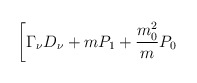
\begin{align*}\biggl [ \Gamma _\nu D _\nu +mP_1+\frac{m_0^2}{m}P_0\end{align*}